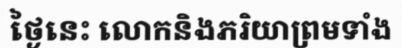
ថ្ងៃនេះ លោកនិងភរិយាព្រមទាំង